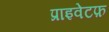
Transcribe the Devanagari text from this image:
प्राइवेटफ़